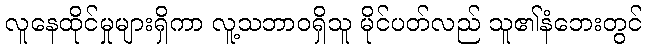
လူနေထိုင်မှုများရှိကာ လူ့သဘာဝရှိသူ မိုင်ပတ်လည် သူ၏နံဘေးတွင်